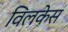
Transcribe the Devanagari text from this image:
विलकेस